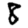
Digit: 8